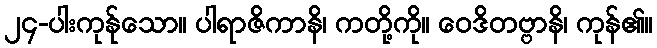
၂၄-ပါးကုန်ုသော။ ပါရာဇိကာနိ၊ ကတို့ကို။ ဝေဒိတဗ္ဗာနိ၊ ကုန်၏။